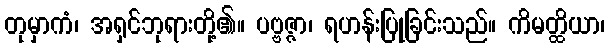
တုမှာကံ၊ အရှင်ဘုရားတို့၏။ ပဗ္ဗဇ္ဇာ၊ ရဟန်းပြုခြင်းသည်။ ကိမတ္ထိယာ၊